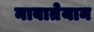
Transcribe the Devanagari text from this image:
नाबातेयान